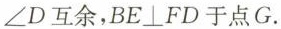
\angle D互余，$$BE\bot FD$$于点G。